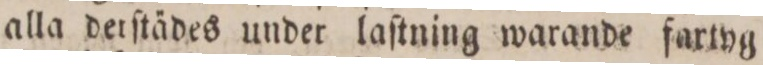
alla derſtädes under laſtning warande fartyg